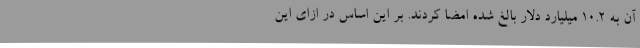
آن به 10.2 میلیارد دلار بالغ شده امضا کردند. بر این اساس در ازای این